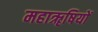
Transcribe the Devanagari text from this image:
महाॠषियों